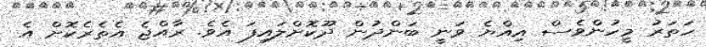
ހަތަރު މީހުންވެސް އިއްޔެ ވަނީ ބަންދުން ދޫކޮށްލައިފަ އެވެ. ރާއްޖެ އެތެރެކޮށް އެ